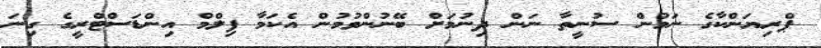
ޕްރިޔަންކާގެ ނަމުން ސުނީތާ ނަން ދިނުމަށް ބޭނުންވުމުން އެކަމާ ފިލްމް އިންޑަސްޓްރީގެ ގިނަ